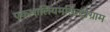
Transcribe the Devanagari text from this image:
एकथालियमसिन्टीग्राम